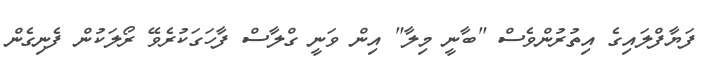
ފަޔާފްލައިގެ އިތުރުންވެސް "ބާނީ މިލާ" އިން ވަނީ ގްލާސް ފާހަގަކުރެވޭ ރޯލަކުން ފެނިގެން